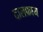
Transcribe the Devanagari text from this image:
दालफ्राय